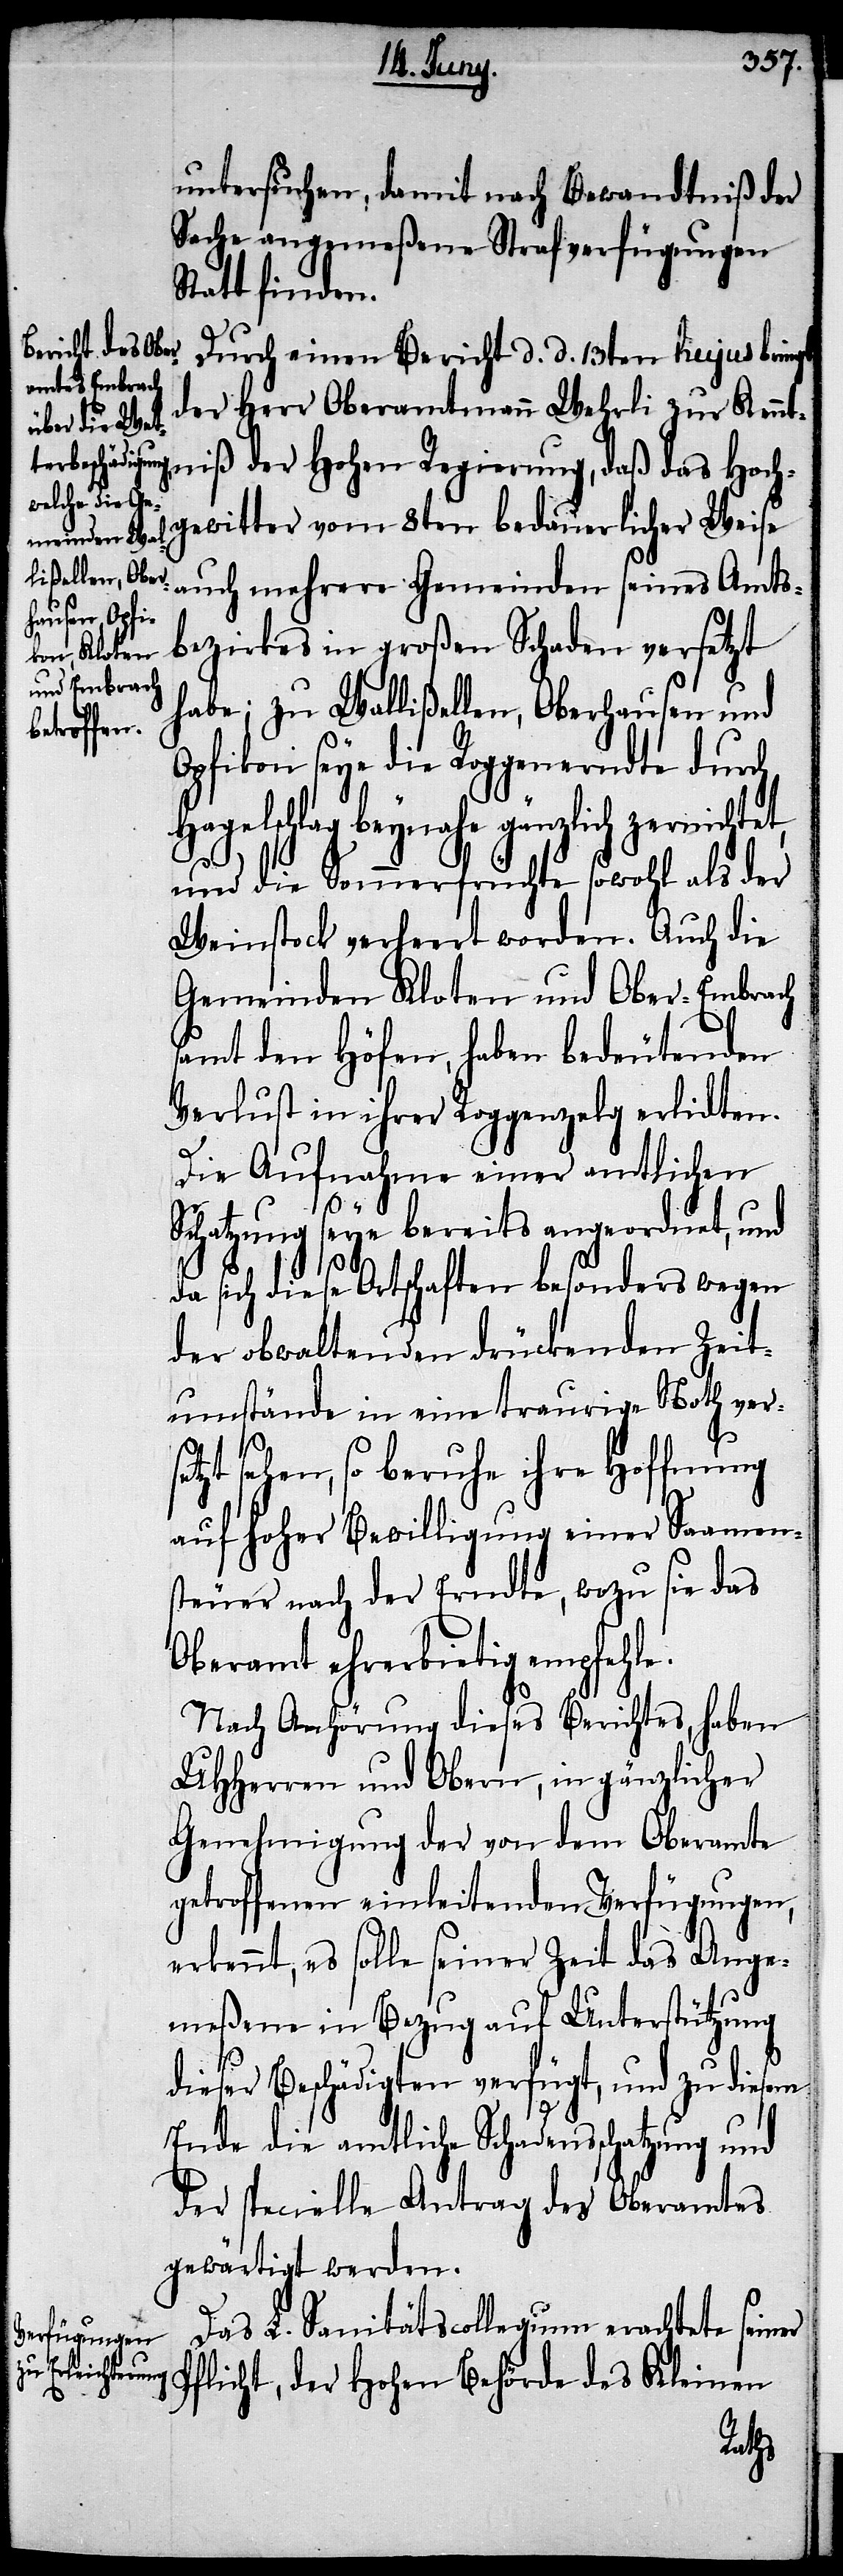
untersuchen, damit nach Bewandtniß der
Sache angemeßene Strafverfügungen
Statt finden.
Durch einen Bericht d. d. 13ten hujus bringt
der Herr Oberamtmann Wehrli zur Ken¬
ntniß der Hohen Regierung, daß das Hoch¬
gewitter vom 8ten bedauerlicher Weise
auch mehrere Gemeinden seines Amts¬
bezirkes in großen Schaden versetzt
habe; zu Wallißellen, Oberhausen und
Opfikon seye die Roggenerndte durch
Hagelschlag beynahe gänzlich zernicht¬
und die Sommerfrüchte sowohl als der
Weinstock verheert worden. Auch die
Gemeinden Kloten und Ober-Embrach
samt den Höfen, haben bedeutenden
Verlust in ihrer Roggenzelg erlidten.
Die Aufnahme einer amtlichen
Schatzung seye bereits angeordnet, und
da sich diese Ortschaften besonders wegen
der obwaltenden drückenden Zeit¬
umstände in eine traurige Noth vers¬
etzt sehen, so beruhe ihre Hoffnung
auf hoher Bewilligung einer Saamen¬
steuer nach der Erndte, wozu sie das
Oberamt ehrerbietig empfehle.
Nach Anhörung dieses Berichtes, haben
UHHerren und Obern, in gänzlicher
Genehmigung der von dem Oberamte
getroffenen einleitenden Verfügungen,
erkennt, es solle seiner Zeit das Ange¬
meßene in Bezug auf Unterstützung
dieser Beschädigten verfügt, und zu diesem
Ende die amtliche Schadensschatzung und
der specielle Antrag des Oberamtes
gewärtigt werden.
Das L. Sanitätscollegium erachtete seiner
Pflicht, der Hohen Behörde des Kleinen
et,